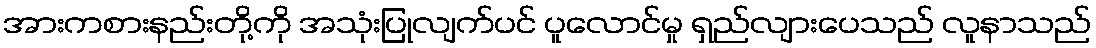
အားကစားနည်းတို့ကို အသုံးပြုလျက်ပင် ပူလောင်မှု ရှည်လျားပေသည် လူနာသည်